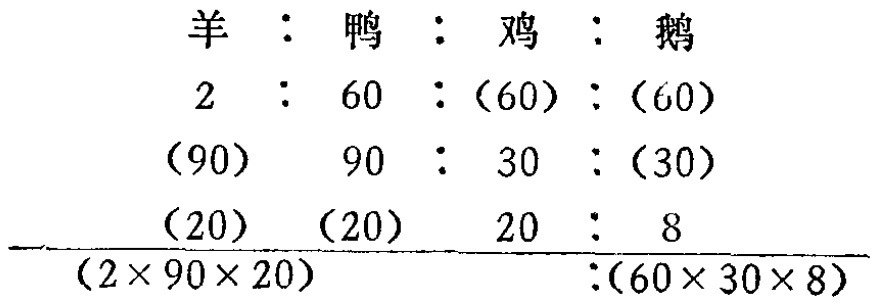
\[

\begin{array}{cccc}

羊 & : & 鸭 & : & 鸡 & : & 鹅 \\

2 & : & 60 & : & (60) & : & (60) \\

(90) & & 90 & : & 30 & : & (30) \\

(20) & & (20) & & 20 & : & 8 \\

\hline

(2\times90\times20) & & & : & (60\times30\times8)

\end{array}

\]